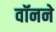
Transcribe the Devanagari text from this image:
वॉनने